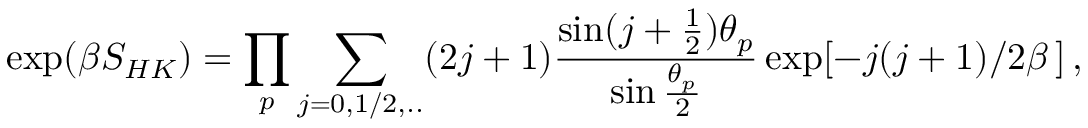
\exp ( \beta S _ { H K } ) = \prod _ { p } \sum _ { j = 0 , 1 / 2 , . . } ( 2 j + 1 ) \frac { \sin ( j + \frac { 1 } { 2 } ) \theta _ { p } } { \sin \frac { \theta _ { p } } { 2 } } \exp [ - j ( j + 1 ) / 2 \beta \, ] \, ,